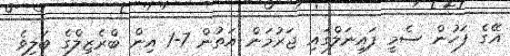
އޭގެ ފަހުން ސެމީ ފައިނަލްގައި ޖަރުމަން އަތުން 7-1 އިން ބްރެޒިލްގެ ބަލިވެ